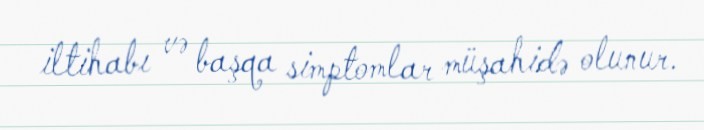
iltihabı və başqa simptomlar müşahidə olunur.